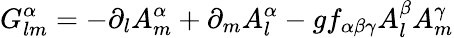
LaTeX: G_{lm}^{\alpha}=-\partial_{l}A_{m}^{\alpha}+\partial_{m}A_{l}^{\alpha}-gf_{\alpha\beta\gamma}A_{l}^{\beta}A_{m}^{\gamma}